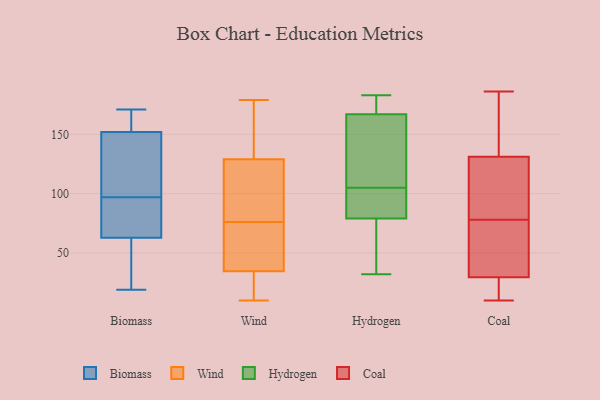
{"axis": {"x": "Backlog", "y": "Value"}, "legend": ["Biomass", "Coal", "Hydrogen", "Wind"], "data": [{"x": "", "y": 150, "type": "Biomass"}, {"x": "", "y": 74, "type": "Biomass"}, {"x": "", "y": 171, "type": "Biomass"}, {"x": "", "y": 91, "type": "Biomass"}, {"x": "", "y": 63, "type": "Biomass"}, {"x": "", "y": 130, "type": "Biomass"}, {"x": "", "y": 47, "type": "Biomass"}, {"x": "", "y": 159, "type": "Biomass"}, {"x": "", "y": 19, "type": "Biomass"}, {"x": "", "y": 139, "type": "Biomass"}, {"x": "", "y": 62, "type": "Biomass"}, {"x": "", "y": 158, "type": "Biomass"}, {"x": "", "y": 97, "type": "Biomass"}, {"x": "", "y": 93, "type": "Wind"}, {"x": "", "y": 179, "type": "Wind"}, {"x": "", "y": 55, "type": "Wind"}, {"x": "", "y": 28, "type": "Wind"}, {"x": "", "y": 41, "type": "Wind"}, {"x": "", "y": 26, "type": "Wind"}, {"x": "", "y": 127, "type": "Wind"}, {"x": "", "y": 10, "type": "Wind"}, {"x": "", "y": 141, "type": "Wind"}, {"x": "", "y": 118, "type": "Wind"}, {"x": "", "y": 59, "type": "Wind"}, {"x": "", "y": 131, "type": "Wind"}, {"x": "", "y": 91, "type": "Hydrogen"}, {"x": "", "y": 164, "type": "Hydrogen"}, {"x": "", "y": 70, "type": "Hydrogen"}, {"x": "", "y": 93, "type": "Hydrogen"}, {"x": "", "y": 75, "type": "Hydrogen"}, {"x": "", "y": 168, "type": "Hydrogen"}, {"x": "", "y": 127, "type": "Hydrogen"}, {"x": "", "y": 105, "type": "Hydrogen"}, {"x": "", "y": 32, "type": "Hydrogen"}, {"x": "", "y": 176, "type": "Hydrogen"}, {"x": "", "y": 183, "type": "Hydrogen"}, {"x": "", "y": 135, "type": "Coal"}, {"x": "", "y": 10, "type": "Coal"}, {"x": "", "y": 186, "type": "Coal"}, {"x": "", "y": 41, "type": "Coal"}, {"x": "", "y": 13, "type": "Coal"}, {"x": "", "y": 119, "type": "Coal"}, {"x": "", "y": 78, "type": "Coal"}, {"x": "", "y": 107, "type": "Coal"}, {"x": "", "y": 27, "type": "Coal"}, {"x": "", "y": 37, "type": "Coal"}, {"x": "", "y": 166, "type": "Coal"}]}